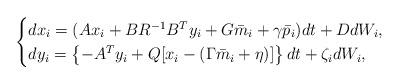
LaTeX: \begin{align*} \begin{cases}dx_i =( Ax_i +BR^{-1}B^Ty_i +G \bar m_i+\gamma \bar p_i) dt +D dW_i,\\dy_i=\left\{-A^T y_i +Q[x_i-(\Gamma\bar m_i+\eta)]\right\} dt +\zeta_i dW_i,\end{cases}\end{align*}